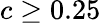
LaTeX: c\ge 0.25